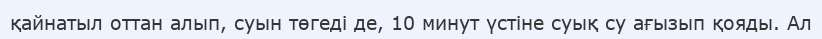
қайнатыл оттан алып, суын төгеді де, 10 минут үстіне суық су ағызып қояды. Ал